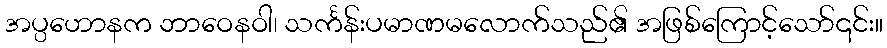
အပ္ပဟောနက ဘာဝေနဝါ၊ သင်္ကန်းပမာဏမလောက်သည်၏ အဖြစ်ကြောင့်သော်၎င်း။